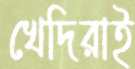
খেদিরাই